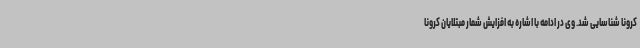
کرونا شناسایی شد. وی در ادامه با اشاره به افزایش شمار مبتلایان کرونا